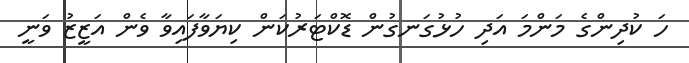
ހަ ކުދިންގެ މަންމަ އަދި ހުޅުގަނގުން ޑޮކްޓަރުކަން ކިޔަވާފައިވާ ވެން އަޒީޒު ވަނީ